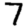
Digit: 7